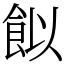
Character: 䬮